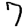
Digit: 7